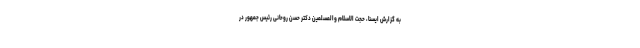
به گزارش ایسنا، حجت الاسلام والمسلمین دکتر حسن روحانی رئیس جمهور در